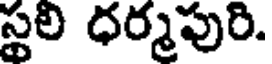
స్థలి ధర్మపురి.